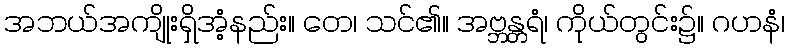
အဘယ်အကျိုးရှိအံ့နည်း။ တေ၊ သင်၏။ အဗ္ဘန္တရံ၊ ကိုယ်တွင်း၌။ ဂဟနံ၊